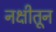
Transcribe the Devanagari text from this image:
नक्षीतून